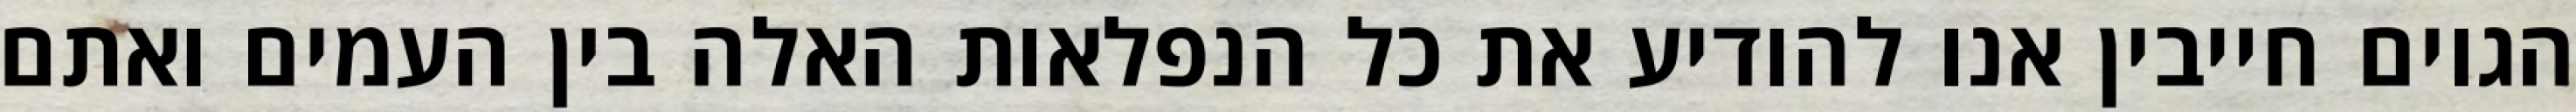
הגוים חייבין אנו להודיע את כל הנפלאות האלה בין העמים ואתם